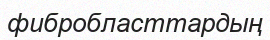
фибробласттардың